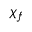
\chi _ { f }